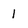
Character: 1